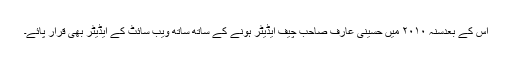
اس کے بعدسنہ ۲۰۱۰ میں حسینی عارف صاحب چیف ایڈیٹر ہونے کے ساتھ ساتھ ویب سائٹ کے ایڈیٹر بھی قرار پائے۔